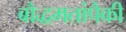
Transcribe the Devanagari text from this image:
बौद्धमतांपैकी